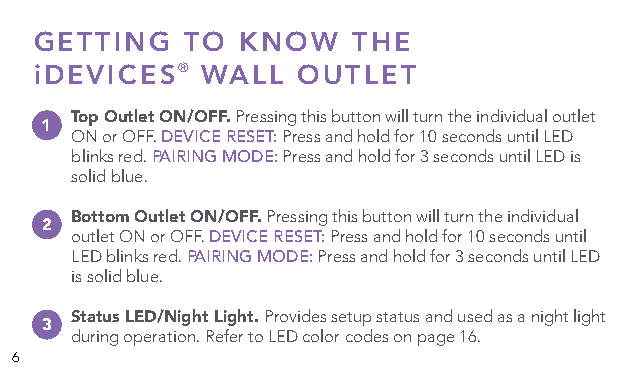
GETTING   TO  KNOW   THE
 ®
 iDEVICES   WALL   OUTLET
 Top Outlet ON/OFF. Pressing this button will turn the individual outlet
 1
 ON or OFF. DEVICE RESET: Press and hold for 10 seconds until LED
 blinks red. PAIRING MODE: Press and hold for 3 seconds until LED is
 solid blue.
 Bottom Outlet ON/OFF. Pressing this button will turn the individual
 2
 outlet ON or OFF. DEVICE RESET: Press and hold for 10 seconds until
 LED blinks red. PAIRING MODE: Press and hold for 3 seconds until LED
 is solid blue.
 Status LED/Night Light. Provides setup status and used as a night light
 3
 during operation. Refer to LED color codes on page 16.
 6